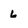
Character: 6